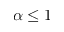
\alpha \leq 1